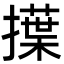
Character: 擛